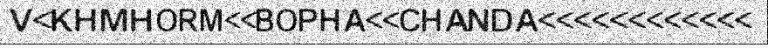
V<KHMHORM<<BOPHA<<CHANDA<<<<<<<<<<<<